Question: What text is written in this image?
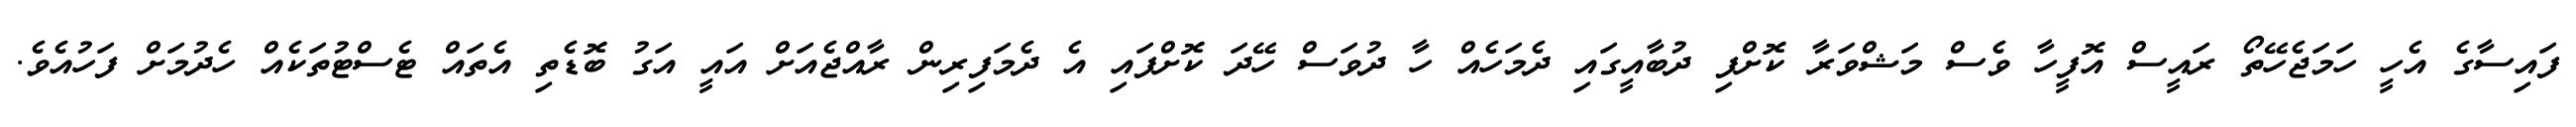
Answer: ފައިސާގެ އެހީ ހަމަޖެހޭތޯ ރައީސް އޮފީހާ ވެސް މަޝްވަރާ ކޮށްފި ދުބާއީގައި ދެމަހެއް ހާ ދުވަސް ހޭދަ ކޮށްފައި އެ ދެމަފިރިން ރާއްޖެއަށް އައީ އަގު ބޮޑެތި އެތައް ޓެސްޓުތަކެއް ހެދުމަށް ފަހުއެވެ.